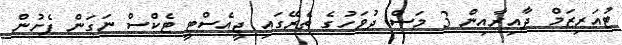
ޓުއަރިޒަމް ދާއިރާއިން 3 މަސް ދުވަހުގެ ތެރޭގައި ޖީއެސްޓީ ޓެކްސް ނަގަން ފެށުން